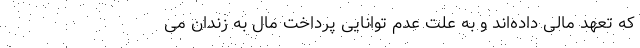
که تعهد مالی داده‌اند و به علت عدم توانایی پرداخت مال به زندان می